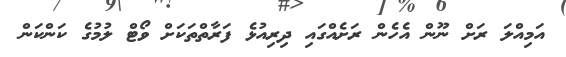
އަމިއްލަ ރަށް ނޫން އެހެން ރަށެއްގައި ދިރިއުޅެ ފަރާތްތަކަށް ވޯޓް ލުމުގެ ކަންކަން